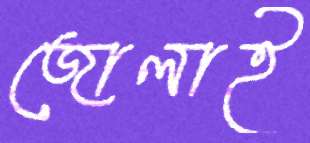
জোলাই